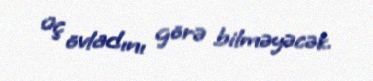
üç övladını görə bilməyəcək.